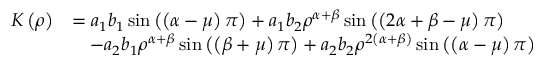
\begin{array} { r l } { K \left( \rho \right) } & { = a _ { 1 } b _ { 1 } \sin \left( \left( \alpha - \mu \right) \pi \right) + a _ { 1 } b _ { 2 } \rho ^ { \alpha + \beta } \sin \left( \left( 2 \alpha + \beta - \mu \right) \pi \right) } \\ & { \quad - a _ { 2 } b _ { 1 } \rho ^ { \alpha + \beta } \sin \left( \left( \beta + \mu \right) \pi \right) + a _ { 2 } b _ { 2 } \rho ^ { 2 \left( \alpha + \beta \right) } \sin \left( \left( \alpha - \mu \right) \pi \right) } \end{array}